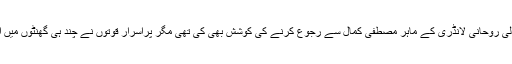
ایم کیو ایم پاکستان نے پاک سرزمین والے کالی دنیا کی کاٹ پلٹ ‘ نجس اثرات ختم کرکے پاک صاف بنانے والی روحانی لانڈری کے ماہر مصطفیٰ کمال سے رجوع کرنے کی کوشش بھی کی تھی مگر پراسرار قوتوں نے چند ہی گھنٹوں میں ایسا کاری وار کیا کہ فاروق ستار کو جان کے لالے پڑ گئے اور مصطفی کمال اپنی شرمندگی مٹاتے رہ گئے۔